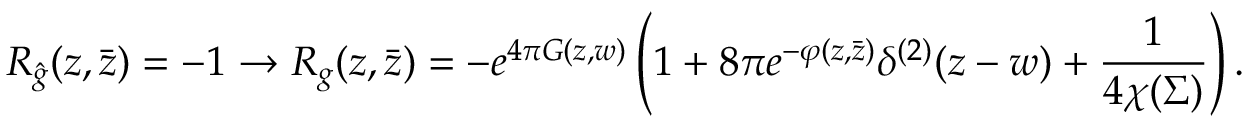
R _ { \hat { g } } ( z , \bar { z } ) = - 1 \to R _ { g } ( z , \bar { z } ) = - e ^ { 4 \pi G ( z , w ) } \left( 1 + 8 \pi e ^ { - \varphi ( z , \bar { z } ) } \delta ^ { ( 2 ) } ( z - w ) + { \frac { 1 } { 4 \chi ( \Sigma ) } } \right) .